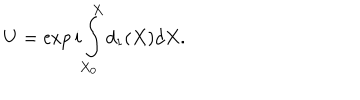
U = \exp { i \int _ { X _ { 0 } } ^ { X } d _ { 1 } ( X ) d X } .